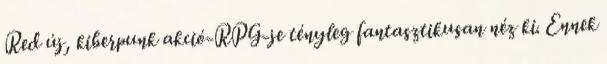
Red új, kiberpunk akció-RPG-je tényleg fantasztikusan néz ki. Ennek